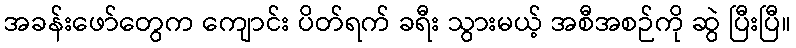
အခန်းဖော်တွေက ကျောင်း ပိတ်ရက် ခရီး သွားမယ့် အစီအစဉ်ကို ဆွဲ ပြီးပြီ။